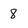
Character: 8